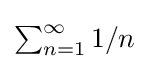
{\textstyle \sum _{n=1}^{\infty }1/n}